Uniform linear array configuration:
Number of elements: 12
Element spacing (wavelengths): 1
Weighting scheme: uniform
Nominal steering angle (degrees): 30
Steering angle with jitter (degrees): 28.699
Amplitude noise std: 0.05
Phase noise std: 0.05

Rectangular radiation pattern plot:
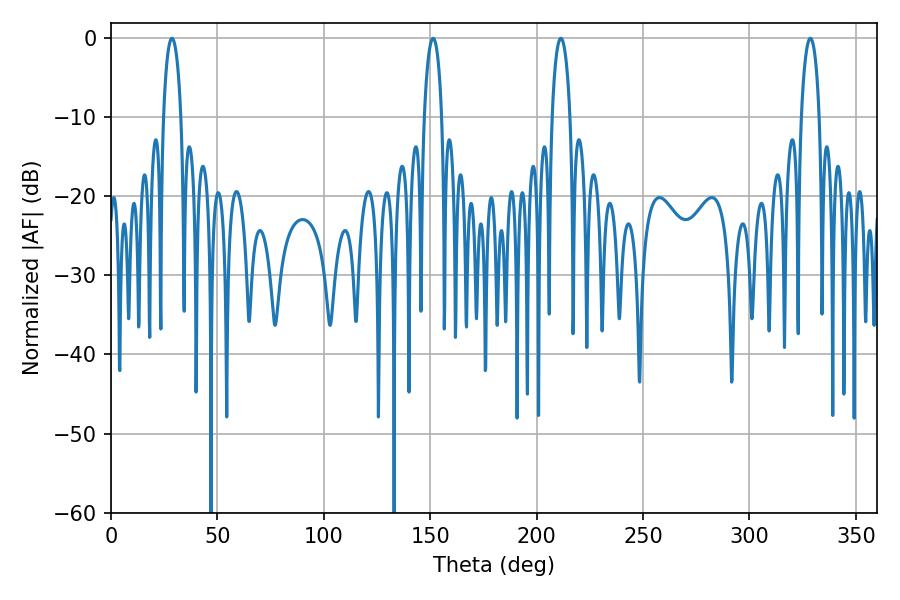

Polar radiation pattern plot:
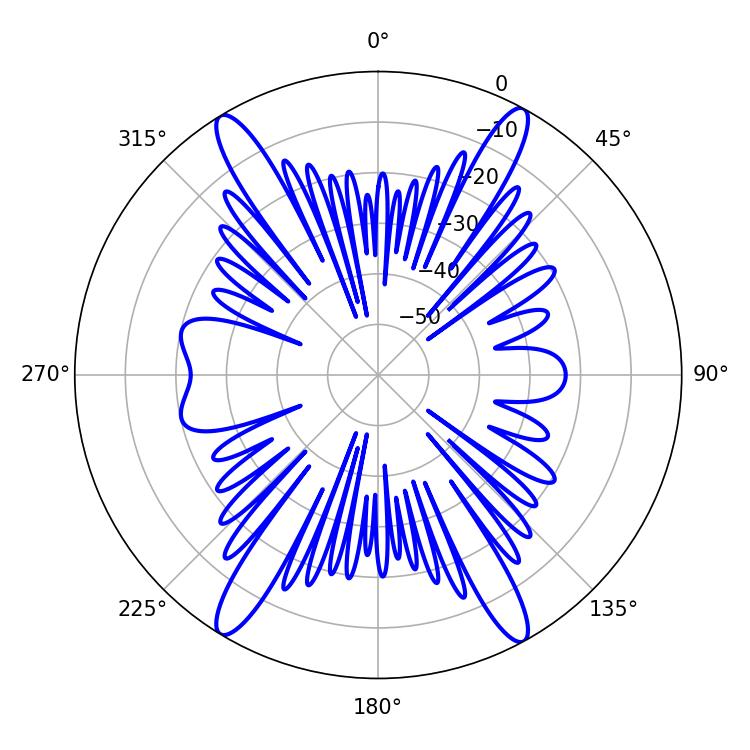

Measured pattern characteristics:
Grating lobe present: TRUE
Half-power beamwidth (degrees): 4.68
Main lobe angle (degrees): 28.62